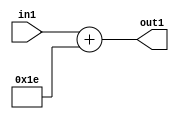
`timescale 1ps / 1ps
/*****************************************************************************
    Verilog RTL Description
    
    
    Created by: Stratus DpOpt 21.05.01 
*******************************************************************************/

module SobelFilter_Add_6U_34_1 (
	in1,
	out1
	); /* architecture "behavioural" */ 
input [4:0] in1;
output [5:0] out1;
wire [5:0] asc001;

assign asc001 = 
	+(in1)
	+(6'B011110);

assign out1 = asc001;
endmodule

/* CADENCE  urj5Qg4= : u9/ySxbfrwZIxEzHVQQV8Q== ** DO NOT EDIT THIS LINE ******/